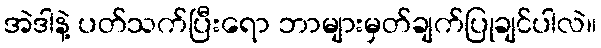
အဲဒါနဲ့ ပတ်သက်ပြီးရော ဘာများမှတ်ချက်ပြုချင်ပါလဲ။